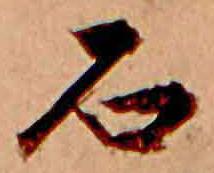
石